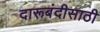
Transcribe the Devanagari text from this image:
दारूबंदीसाठी